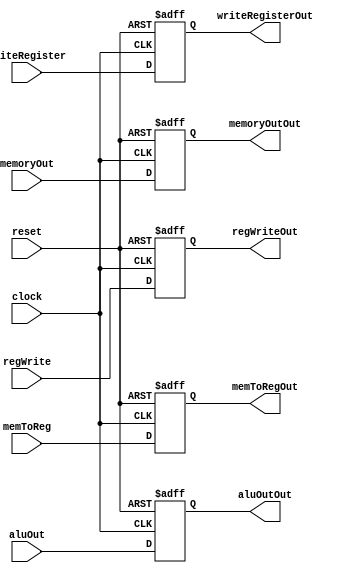
module MEM_WB(
		input clock,
		input reset,
		input [4:0] writeRegister,
		input [31:0] aluOut,
		input [31:0] memoryOut,
		input regWrite,
		input memToReg,
		
		output reg [4:0] writeRegisterOut,
		output reg [31:0] aluOutOut,
		output reg [31:0] memoryOutOut,
		output reg regWriteOut,
		output reg memToRegOut
    );
	 
	 	 always @(negedge clock,posedge reset)begin
		if(reset)begin
			writeRegisterOut<=0;
			aluOutOut<=0;
			memoryOutOut<=0;
			regWriteOut<=0;
			memToRegOut<=0;
		end
		else begin
			writeRegisterOut<=writeRegister;
			aluOutOut<=aluOut;
			memoryOutOut<=memoryOut;
			regWriteOut<=regWrite;
			memToRegOut<=memToReg;
		end
		
	 end


endmodule